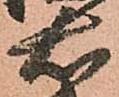
右